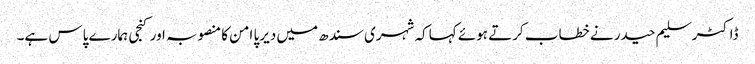
ڈاکٹر سلیم حیدر نے خطاب کرتے ہوئے کہاکہ شہری سندھ میں دیرپا امن کا منصوبہ اور کنجی ہمارے پاس ہے۔